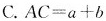
C.$$A C = a + b$$